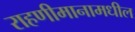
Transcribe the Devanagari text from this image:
राहणीमानामधील